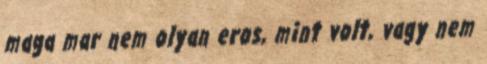
maga mar nem olyan eros, mint volt, vagy nem